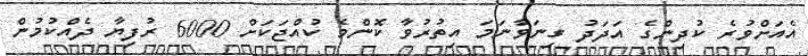
އެއަށްވުރެ ކުދިންގެ އަދަދު ގިނަވާނަމަ އިތުރުވާ ކޮންމެ ކުއްޖަކަށް 6000 ރުފިޔާ ދެއްކުމުން